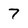
Character: 7